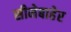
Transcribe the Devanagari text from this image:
सीमेबाहेर